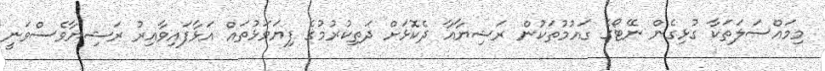
މިމައްސަލަތަކާ ގުޅިގެން ނޭޓޯގެ ގައުމުތަކުން ރަޝިޔާއާ ދެކޮޅަށް ދަތިކުރުމުގެ ފިޔަވަޅުތައް އަޅާފައިވާއިރު ރަޝިޔާވެސްވަނީ